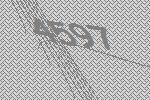
4597